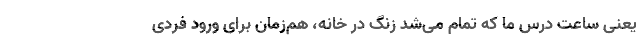
یعنی ساعت درس ما که تمام می‌شد زنگ در خانه، هم‌زمان برای ورود فردی